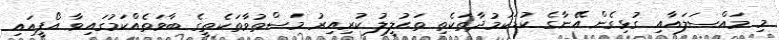
މި މައްސަލައާއި ގުޅިގެން އޭނާގެ ކުޑަކަމުދާތަކެތި ތަޙުލީލު ކުރިއިރު މަސްތުވާތަކެތީގެ ބާވަތެއްކަމުގައިވާ އޯޕީއައި